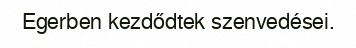
Egerben kezdődtek szenvedései.